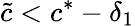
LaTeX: \tilde{c}<c^{*}-\delta_{1}